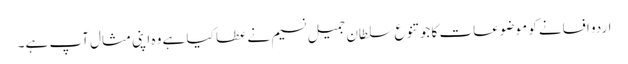
اردو افسانے کو موضوعات کا جو تنوع سلطان جمیل نسیم نے عطا کیا ہے وہ اپنی مثال آپ ہے۔